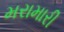
મરામારી